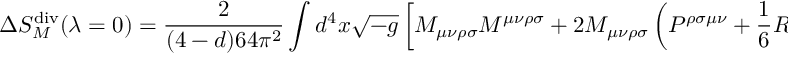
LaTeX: \Delta S _ { M } ^ { \mathrm { d i v } } ( \lambda = 0 ) = \frac { 2 } { ( 4 - d ) 6 4 \pi ^ { 2 } } \int d ^ { 4 } x \sqrt { - g } \left[ M _ { \mu \nu \rho \sigma } M ^ { \mu \nu \rho \sigma } + 2 M _ { \mu \nu \rho \sigma } \left( P ^ { \rho \sigma \mu \nu } + \frac { 1 } { 6 } R \delta ^ { \rho ( \mu } \delta ^ { \sigma \nu ) } \right) \right] .